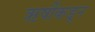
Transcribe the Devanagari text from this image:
ऋषींकडून